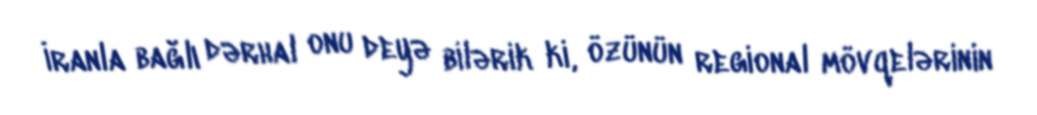
İranla bağlı dərhal onu deyə bilərik ki, özünün regional mövqelərinin